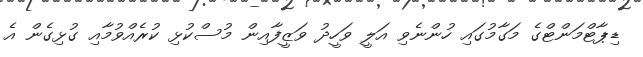
ޑިޕާޓްމަންޓްގެ މަގާމުގައި ހުންނެވި އަލީ ވަހީދު ވަޒީފާއިން މުސްކުޅި ކުރެއްވުމާއި ގުޅިގެން އެ